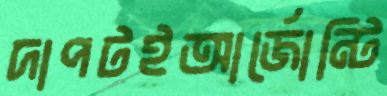
দাপটইআর্জোন্টি